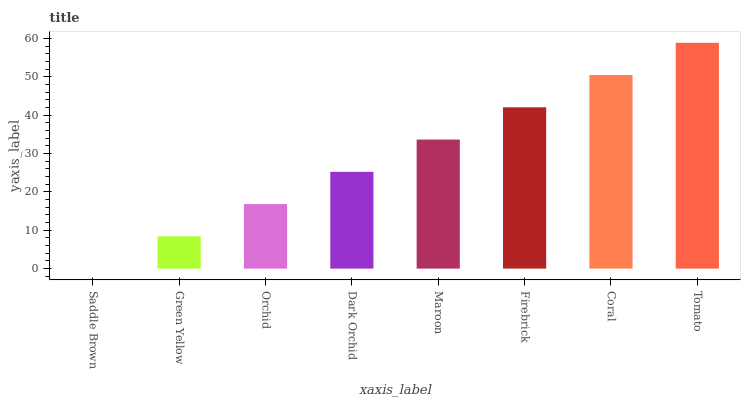
| xaxis_label | bars |
 | --- | --- |
 | Saddle Brown | 0 |
 | Green Yellow | 8.42 |
 | Orchid | 16.8 |
 | Dark Orchid | 25.2 |
 | Maroon | 33.7 |
 | Firebrick | 42.1 |
 | Coral | 50.5 |
 | Tomato | 58.9 |